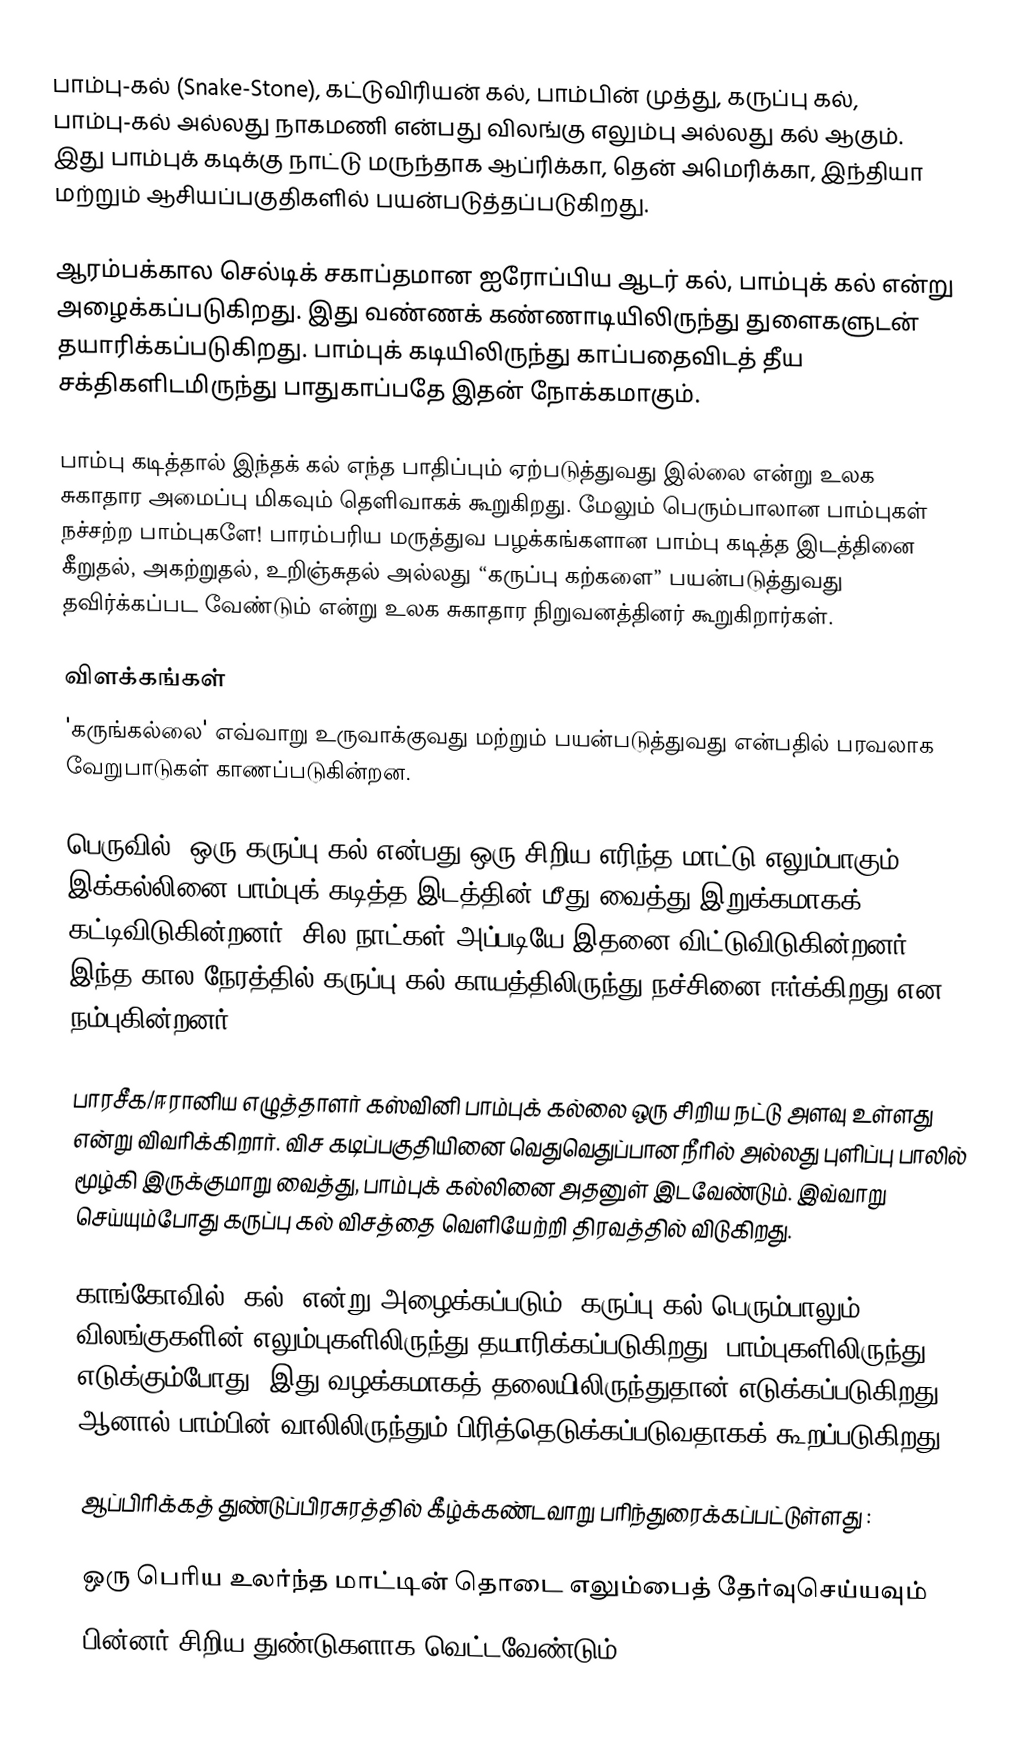
பாம்பு-கல் (Snake-Stone), கட்டுவிரியன் கல், பாம்பின் முத்து, கருப்பு கல், பாம்பு-கல் அல்லது நாகமணி என்பது விலங்கு எலும்பு அல்லது கல் ஆகும். இது பாம்புக் கடிக்கு நாட்டு மருந்தாக ஆப்ரிக்கா, தென் அமெரிக்கா, இந்தியா மற்றும் ஆசியப்பகுதிகளில் பயன்படுத்தப்படுகிறது.

ஆரம்பக்கால செல்டிக் சகாப்தமான ஐரோப்பிய ஆடர் கல், பாம்புக் கல் என்று அழைக்கப்படுகிறது. இது வண்ணக் கண்ணாடியிலிருந்து துளைகளுடன் தயாரிக்கப்படுகிறது. பாம்புக் கடியிலிருந்து காப்பதைவிடத் தீய சக்திகளிடமிருந்து பாதுகாப்பதே இதன் நோக்கமாகும்.

பாம்பு கடித்தால் இந்தக் கல் எந்த பாதிப்பும் ஏற்படுத்துவது இல்லை என்று உலக சுகாதார அமைப்பு மிகவும் தெளிவாகக் கூறுகிறது. மேலும்  பெரும்பாலான பாம்புகள் நச்சற்ற பாம்புகளே! பாரம்பரிய மருத்துவ பழக்கங்களான பாம்பு கடித்த இடத்தினை  கீறுதல், அகற்றுதல், உறிஞ்சுதல் அல்லது “கருப்பு கற்களை” பயன்படுத்துவது தவிர்க்கப்பட வேண்டும் என்று உலக சுகாதார நிறுவனத்தினர் கூறுகிறார்கள்.

விளக்கங்கள்
'கருங்கல்லை' எவ்வாறு உருவாக்குவது மற்றும் பயன்படுத்துவது என்பதில்  பரவலாக வேறுபாடுகள் காணப்படுகின்றன.

பெருவில், ஒரு கருப்பு கல் என்பது ஒரு சிறிய எரிந்த மாட்டு எலும்பாகும். இக்கல்லினை பாம்புக் கடித்த இடத்தின் மீது வைத்து இறுக்கமாகக் கட்டிவிடுகின்றனர். சில நாட்கள் அப்படியே இதனை விட்டுவிடுகின்றனர். இந்த கால நேரத்தில் கருப்பு கல் காயத்திலிருந்து நச்சினை ஈர்க்கிறது என நம்புகின்றனர்.

பாரசீக/ஈரானிய எழுத்தாளர் கஸ்வினி பாம்புக் கல்லை ஒரு சிறிய நட்டு அளவு உள்ளது என்று விவரிக்கிறார். விச கடிப்பகுதியினை வெதுவெதுப்பான நீரில் அல்லது புளிப்பு பாலில் மூழ்கி இருக்குமாறு வைத்து, பாம்புக் கல்லினை அதனுள் இடவேண்டும். இவ்வாறு செய்யும்போது கருப்பு கல் விசத்தை வெளியேற்றி திரவத்தில் விடுகிறது.

காங்கோவில் 'கல்' என்று அழைக்கப்படும், கருப்பு கல் பெரும்பாலும் விலங்குகளின் எலும்புகளிலிருந்து தயாரிக்கப்படுகிறது. பாம்புகளிலிருந்து எடுக்கும்போது, இது வழக்கமாகத் தலையிலிருந்துதான் எடுக்கப்படுகிறது. ஆனால் பாம்பின் வாலிலிருந்தும் பிரித்தெடுக்கப்படுவதாகக் கூறப்படுகிறது.

ஆப்பிரிக்கத் துண்டுப்பிரசுரத்தில் கீழ்க்கண்டவாறு பரிந்துரைக்கப்பட்டுள்ளது :

 ஒரு பெரிய உலர்ந்த மாட்டின் தொடை எலும்பைத் தேர்வுசெய்யவும்
 பின்னர் சிறிய துண்டுகளாக வெட்டவேண்டும்